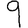
Digit: 9